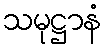
သမုဋ္ဌာနံ